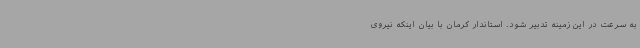
به سرعت در این زمینه تدبیر شود. استاندار کرمان با بیان اینکه نیروی